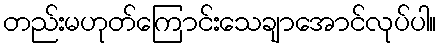
တည်းမဟုတ်ကြောင်းသေချာအောင်လုပ်ပါ။